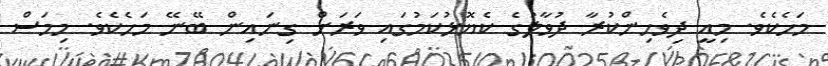
މަހެކެވެ. މިއީ ދިވެހިންކުރާ ދުވާލުގެ ކެޔޮޅުކަމުގައި ވަރަށް ގިނައިން ބޭނޭ މަހެކެވެ. މިމަސް